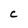
Character: C